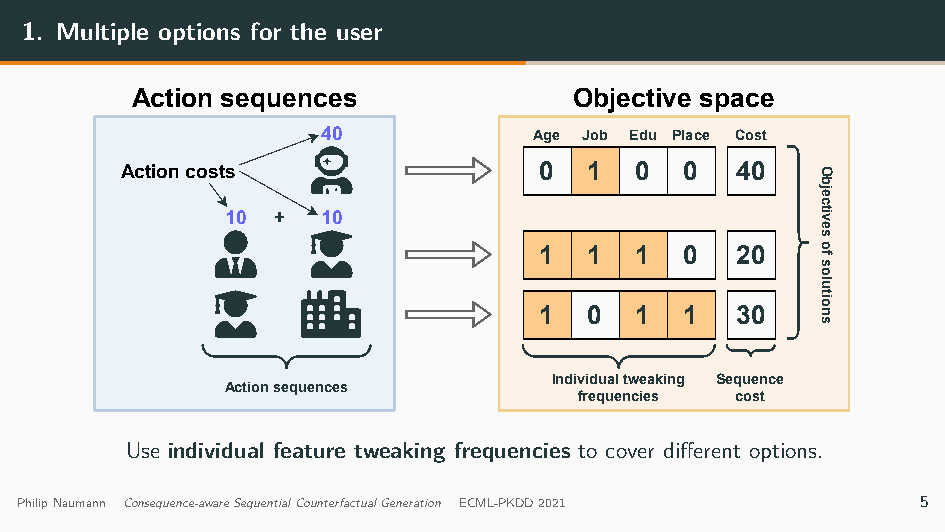
1. Multiple options for the user
 Action sequences             Objective space
 40            Age Job Edu Place Cost
 Action costs                0  1  0  0   40   O
 b
 je
 c
 10 +  10                               tiv
 e
 s
 1  1  1  0   20   o
 f
 s
 o
 lu
 1  0  1  1   30
 tio
 n
 s
 Individual tweaking Sequence
 Action sequences
 frequencies cost
 Use individual feature tweaking frequencies to cover different options.
 PhilipNaumann Consequence-awareSequentialCounterfactualGeneration ECML-PKDD2021 5